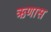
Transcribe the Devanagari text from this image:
ऋणास